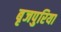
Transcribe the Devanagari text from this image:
बृजपुरिया